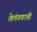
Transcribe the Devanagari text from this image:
तेलंगणाची